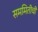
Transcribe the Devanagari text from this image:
सममितीची